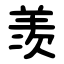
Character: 羡